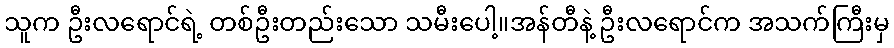
သူက ဦးလရောင်ရဲ့ တစ်ဦးတည်းသော သမီးပေါ့။အန်တီနဲ့ ဦးလရောင်က အသက်ကြီးမှ